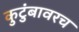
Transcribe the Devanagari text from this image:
कुटुंबावरच